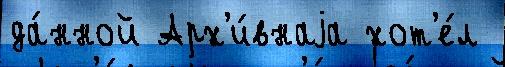
да́нной Арх'и́внаjа хот'е́л